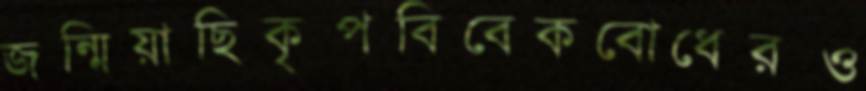
জন্মিয়াছিকৃপবিবেকবোধেরও